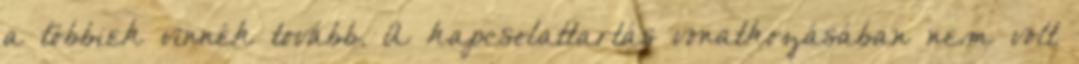
a többiek vinnék tovább. A kapcsolattartás vonatkozásában nem volt